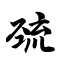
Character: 巯